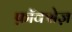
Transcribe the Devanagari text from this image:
फ़ॉक्सेज़